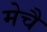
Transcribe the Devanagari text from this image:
मेचै